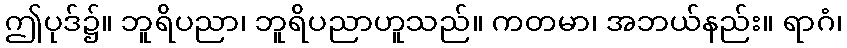
ဤပုဒ်၌။ ဘူရိပညာ၊ ဘူရိပညာဟူသည်။ ကတမာ၊ အဘယ်နည်း။ ရာဂံ၊